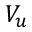
V _ { u }